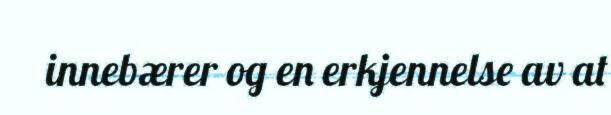
innebærer og en erkjennelse av at